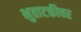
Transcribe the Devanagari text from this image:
भुताटकीवर